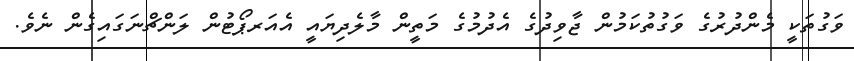
ވަގުތަކީ މެންދުރުގެ ވަގުތުކަމުން ޖާވިދުގެ އެދުމުގެ މަތީން މާލެދިޔައީ އެއަރޕޯޓުން ލަންޗްނަގައިގެން ނެވެ.